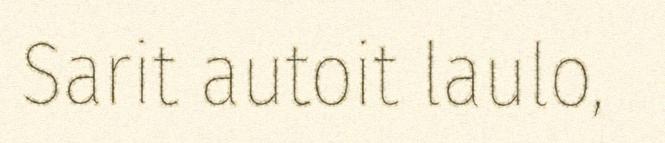
Sarit autoit laulo,